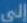
إلى